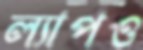
ল্যাপও